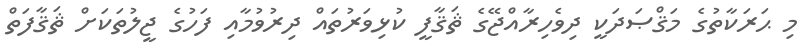
މި ޙަރަކާތުގެ މަޤްޞަދަކީ ދިވެހިރާއްޖޭގެ ޘަޤާފީ ކުޅިވަރުތައް ދިރުވުމާއި ފަހުގެ ޖީލުތަކަށް ޘަޤާފަތް